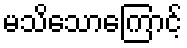
မသိသောကြောင့်